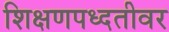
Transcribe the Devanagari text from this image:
शिक्षणपध्दतीवर